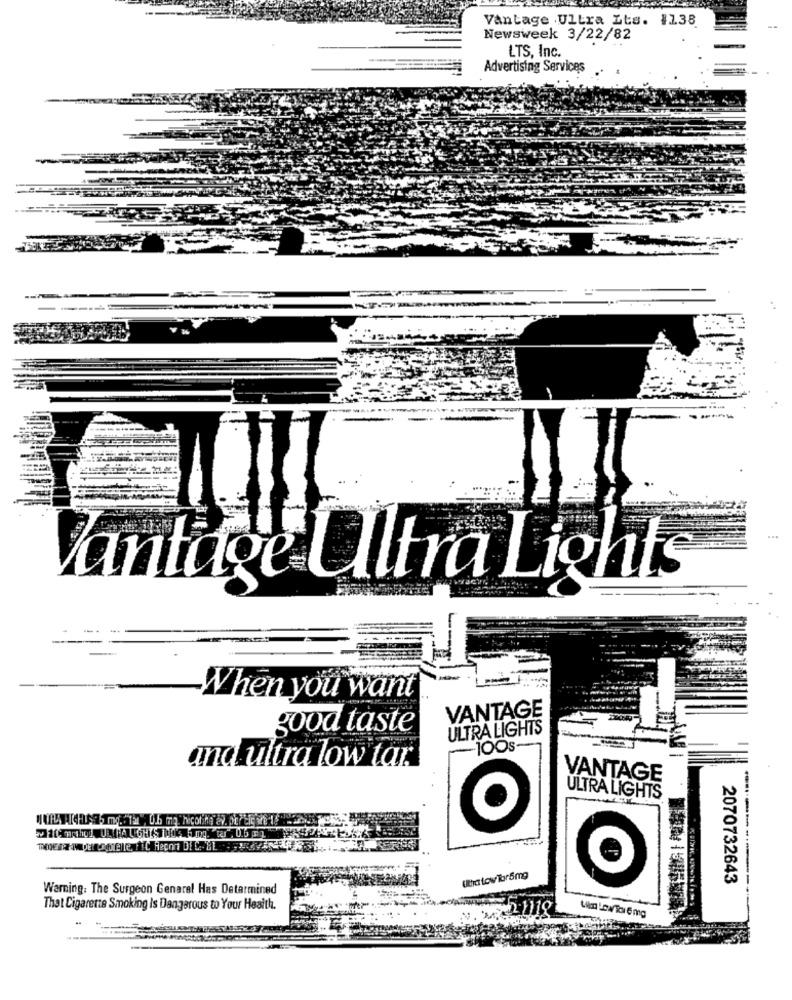
Vantage Ultra Lts. 1138
Newsweek 3/22/82
LTS, Inc.
Advertising Services
...
Vantage Ulltra Lights
--
When you want
VANTAGE
good taste
ULTRA LIGHTS
-100s-
and ultra low tar
VANTAGE
ULTRA LIGHTS
Utha tow Tor 5mg
2070732643
Warning: The Surgeon General Has Detarmined
That Cigarette Smoking Is Dangerous to Your Heaith.